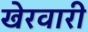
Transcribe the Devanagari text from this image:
खेरवारी